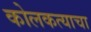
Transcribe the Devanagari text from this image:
कोलकत्याचा